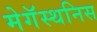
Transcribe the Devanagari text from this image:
मेगॅस्थनिस